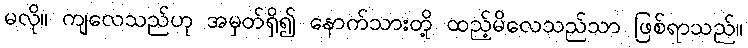
မလို။ ကျလေသည်ဟု အမှတ်ရှိ၍ နောက်သားတို့ ထည့်မိလေသည်သာ ဖြစ်ရာသည်။